Lunatic asylums United Prov. 1922-30 - 1922-1930
Year: 1922
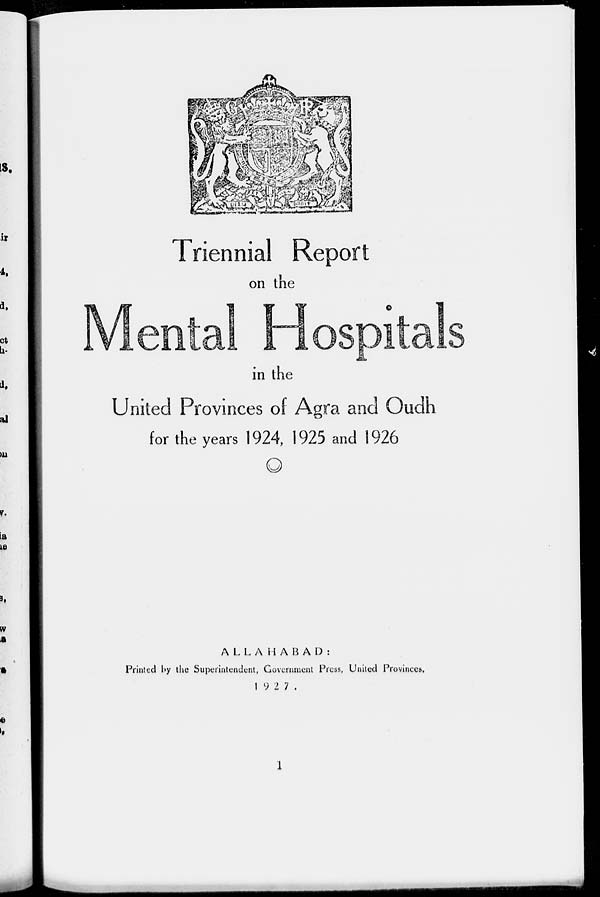
Triennial Report
on the
Mental Hospitals
in the
United Provinces of Agra and Oudh
for the years 1924, 1925 and 1926
ALLAHABAD:
Printed by the Superintendent, Government Press, United Provinces.
1927.
1